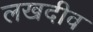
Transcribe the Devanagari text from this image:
लखदीव